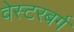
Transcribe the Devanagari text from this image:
वेस्टरबर्ग